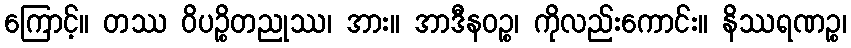
ကြောင့်။ တဿ ဝိပဉ္စိတညုဿ၊ အား။ အာဒီနဝဉ္စ၊ ကိုလည်းကောင်း။ နိဿရဏဉ္စ၊